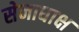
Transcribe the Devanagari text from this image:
सेनाधाक्ष